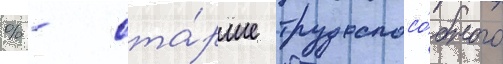
% - ста́рше трудоспосо́бного